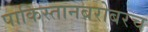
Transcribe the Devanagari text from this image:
पाकिस्तानबरोबरच